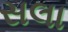
સલા